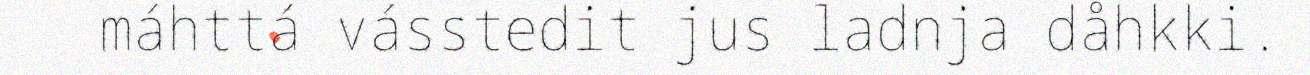
máhttá vásstedit jus ladnja dåhkki.